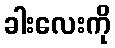
ခါးလေးကို